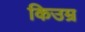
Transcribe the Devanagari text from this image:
किउम्र